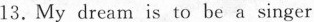
13.My dream is to be a singer